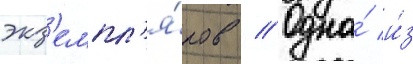
экз'емпл'я́ров // Одна́ и́з